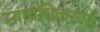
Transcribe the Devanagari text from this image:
न्यायधिकरण।